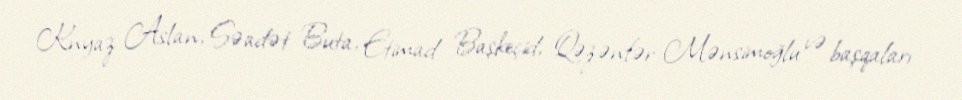
Knyaz Aslan, Səadət Buta, Etimad Başkeçid, Qəzənfər Mənsimoğlu və başqaları